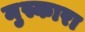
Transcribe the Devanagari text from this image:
मुस्कारा